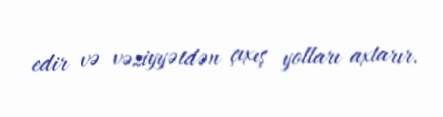
edir və vəziyyətdən çıxış yolları axtarır.